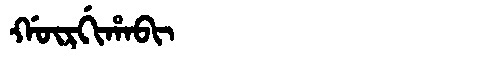
Manchu: ᡤᡡᡵᡤᡳᡥᠠᠪᡳ
Romanization: GŪRGIHABI